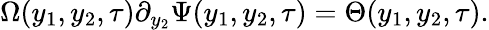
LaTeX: \Omega(y_{1},y_{2},\tau)\partial_{y_{2}}\Psi(y_{1},y_{2},\tau)=\Theta(y_{1},y_{2},\tau).